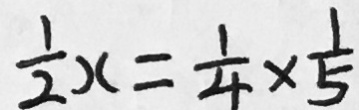
\frac { 1 } { 2 } x = \frac { 1 } { 4 } \times \frac { 1 } { 5 }